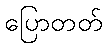
ပြောတတ်